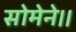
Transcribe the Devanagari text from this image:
सोमेने।।